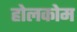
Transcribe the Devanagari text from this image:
होलकोम